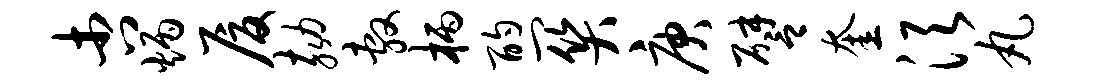
杏炳厦劾敷柄酌关庚譬奎须丸